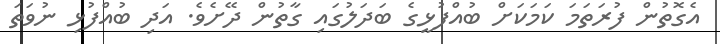
އެގޮތުން ފުރަތަމަ ކަމަކަށް ބުއްފުޅީގެ ބަދަލުގައި ގާތުން ދޭށެވެ. އަދި ބުއްފުޅި ނުވަތަ